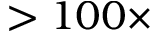
> 1 0 0 \times